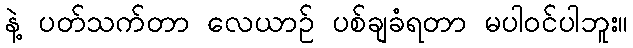
နဲ့ ပတ်သက်တာ လေယာဉ် ပစ်ချခံရတာ မပါဝင်ပါဘူး။